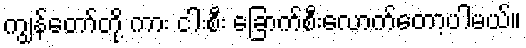
ကျွန်တော်တို့ ကား ငါးစီး ခြောက်စီးလောက်တော့ပါမယ်။